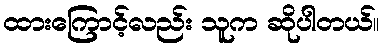
ထားကြောင့်လည်း သူက ဆိုပါတယ်။